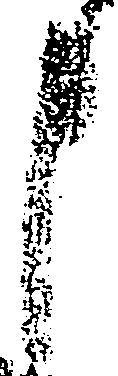
申